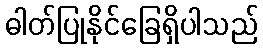
ဓါတ်ပြုနိုင်ခြေရှိပါသည်